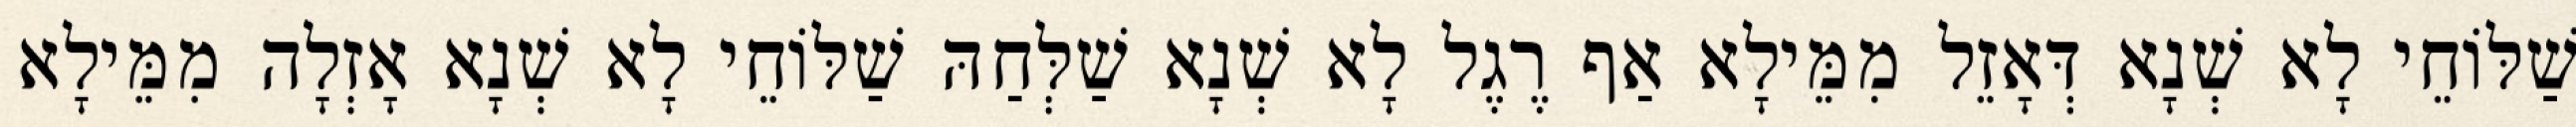
שַׁלּוֹחֵי לָא שְׁנָא דְּאָזֵל מִמֵּילָא אַף רֶגֶל לָא שְׁנָא שַׁלְּחַהּ שַׁלּוֹחֵי לָא שְׁנָא אָזְלָה מִמֵּילָא